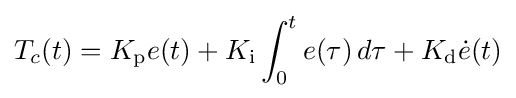
T_{c}(t)=K_{\text{p}}e(t)+K_{\text{i}}\int _{0}^{t}e(\tau )\,d\tau +K_{\text{d}}{\dot {e}}(t)